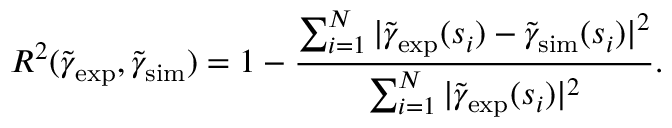
R ^ { 2 } ( \tilde { \gamma } _ { \mathrm { e x p } } , \tilde { \gamma } _ { \mathrm { s i m } } ) = 1 - \frac { \sum _ { i = 1 } ^ { N } | \tilde { \gamma } _ { \mathrm { e x p } } ( s _ { i } ) - \tilde { \gamma } _ { \mathrm { s i m } } ( s _ { i } ) | ^ { 2 } } { \sum _ { i = 1 } ^ { N } | \tilde { \gamma } _ { \mathrm { e x p } } ( s _ { i } ) | ^ { 2 } } .